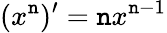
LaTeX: (x^{\mathtt{n}})^{\prime}=\mathtt{n}x^{\mathtt{n}-1}